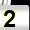
Digit: 2